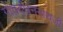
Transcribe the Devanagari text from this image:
गोवर्द्धननाथजी